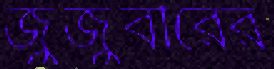
জুজুবীরের